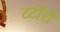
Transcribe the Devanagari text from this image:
टर्टोरो